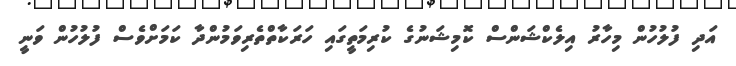
އަދި ފުލުހުން މިހާރު އިލެކްޝަންސް ކޮމިޝަނުގެ ކުރިމަތީގައި ހަރަކާތްތެރިވަމުންދާ ކަމަށްވެސް ފުލުހުން ވަނީ